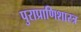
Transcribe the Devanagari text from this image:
पुराप्राणिशास्त्र